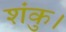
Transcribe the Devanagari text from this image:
शंकु।